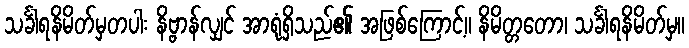
သင်္ခါရနိမိတ်မှတပါး နိဗ္ဗာန်လျှင် အာရုံရှိသည်၏ အဖြစ်ကြောင့်။ နိမိတ္တတော၊ သင်္ခါရနိမိတ်မှ။